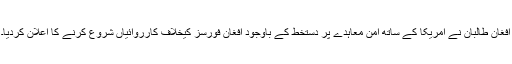
افغان طالبان نے امریکا کے ساتھ امن معاہدے پر دستخط کے باوجود افغان فورسز کیخلاف کارروائیاں شروع کرنے کا اعلان کردیا۔